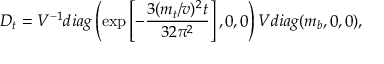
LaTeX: D _ { t } = V ^ { - 1 } d i a g \left( \exp \left[ - \frac { 3 ( m _ { t } / v ) ^ { 2 } t } { 3 2 \pi ^ { 2 } } \right] , 0 , 0 \right) V d i a g ( m _ { b } , 0 , 0 ) ,